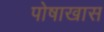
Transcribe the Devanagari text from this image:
पोषाखास